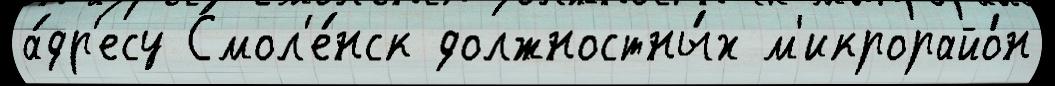
а́др'есу Смол'е́нск должностны́х м'икрорайо́н